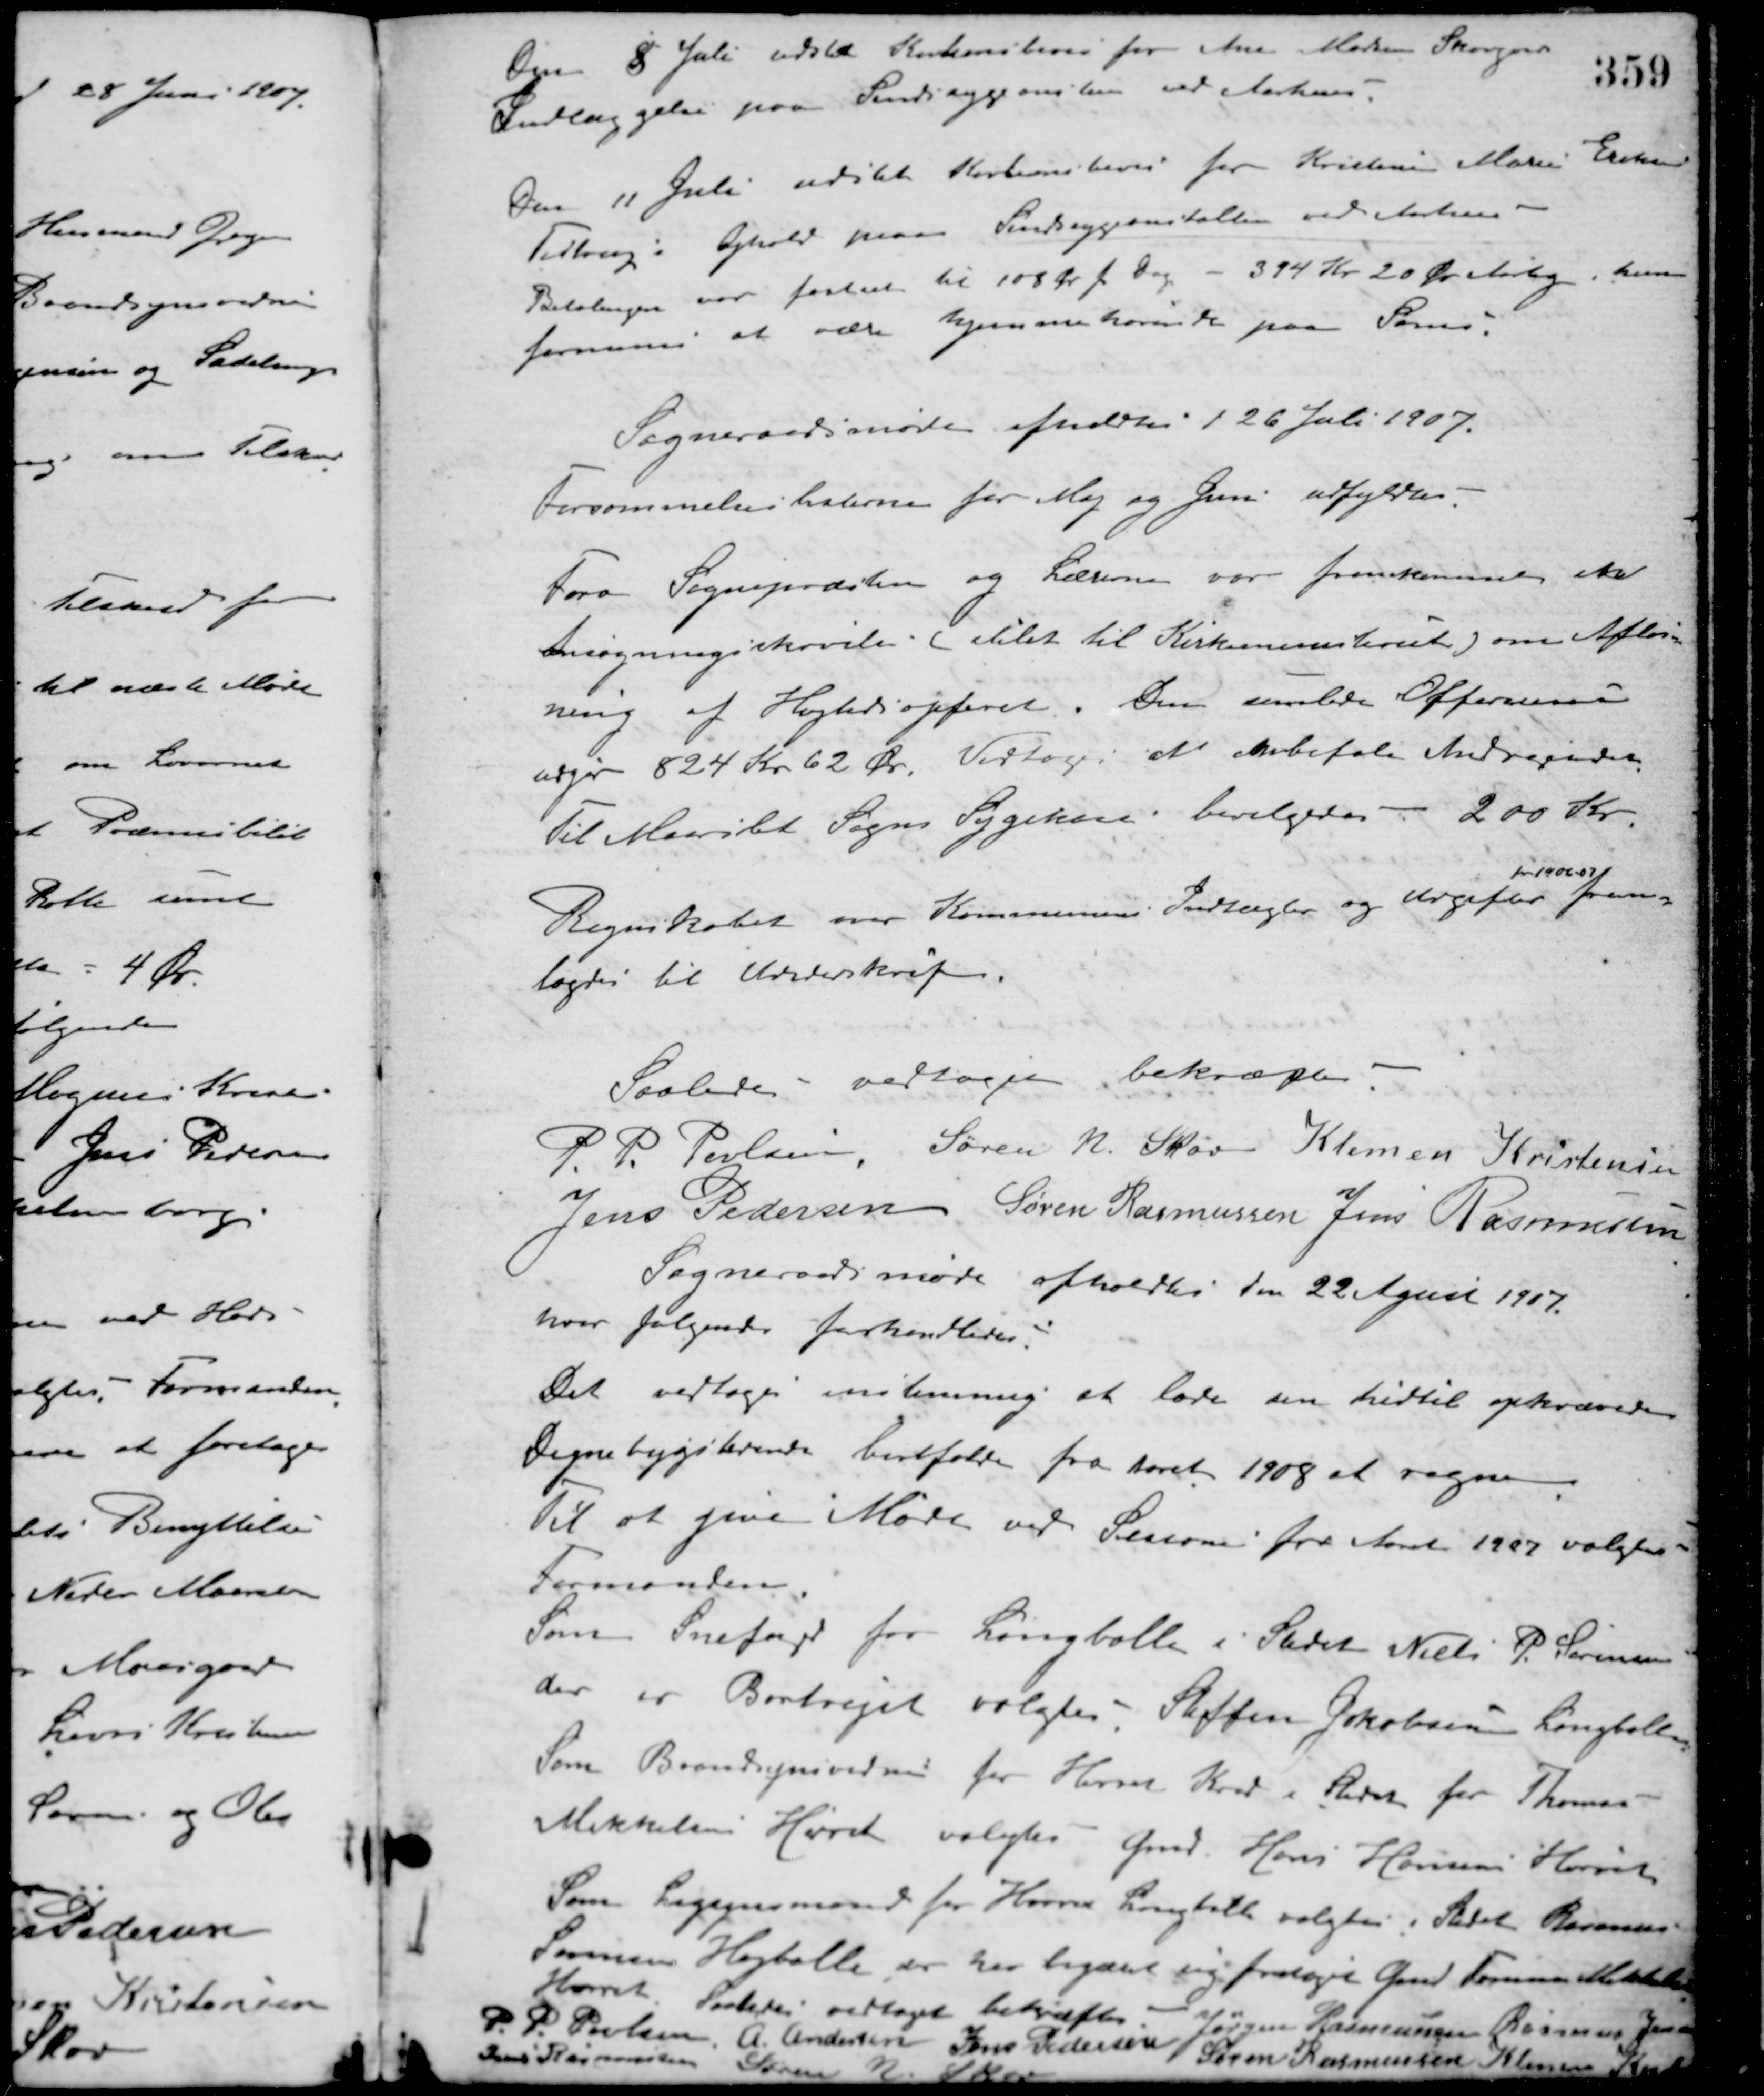
Transskription:
Den 8 Juli udstedt Kautionsbevis for Ane Madsen Skovgaards
Indlæggelse paa Sindssygeanstalten ved Aarhus.
Den 11 Juli udstedt Kautionsbevis for Kristine Marie Eriksen
Testrup Ophold paa Sindsygeanstallen ved Aarhus.
Betalingen var fastsat til 108 Øre pr. dag - 394 Kr. 20 Øre Aarlig hun
formenes at være hjemmehørende paa Samsø.
Sogneraadsmøde afholdtes d. 26 Juli 1907.
Forsømmelseslisterne for Maj og Juni udfyldtes.
Fra Sognepræsten og Lærerne var fremkommen ena
Ansøgningsskrivelse. (stilet til Kirkeministeriet) om Afløs-
ning af Højtidsofferet. Den samlede Offersens
udgør 824 Kr. 62 Øre. Vedtoges at anbefale Andragendet.
Til Maarslet Sogns Sygekasse bevilgedes - 200 Kr.
Regnskabet over Kommunens Indtægter og Udgifter
for 1906-07
frem-
lagdes til Underskrift.
Saaledes vedtaget bekræftes
P. P. Poulsen Søren N. Skov Klemen Kristensen
Jens Pedersen Søren Rasmussen Jens Rasmussen
Sogneraadsmøde afholdtes den 22 Agust 1907.
hvor følgende forhandledes.
Det vedtoges enstemmig at lade den hidtil opkrævede
Degnebygsterende bortfalde fra Aaret 1908 at regne.
Til at give Møde ved Sessioner for Aaret 1907 valgtes
Formanden.
Som Snefoged for Langballe i Stedet Niels P. Sørensen
der er Bortrejet valgtes - Steffen Jakobsen Langballe.
Som Brandsynsvidne for Hørret Kreds i Stedet for Thomas
Mikkelsen Hørret valgtes Gmd. Hans Hansens Hørret.
Som Ligsynsmand for Hørret Langballe valgtes i Stedet Rasmus
Sørensen Langballe der har begæret sig frietaget Gmd. Formen Mikkelsen
Hørret. Saaledes vedtaget bekræftes
Jørgen Rasmussen Rasmus Jensen
P. P. Poulsen A. Andersen Jens Pedersen Søren Rasmussen Klemen Kristensen
Jens Rasmussen Søren N. Skov